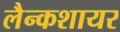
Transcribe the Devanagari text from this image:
लैन्कशायर